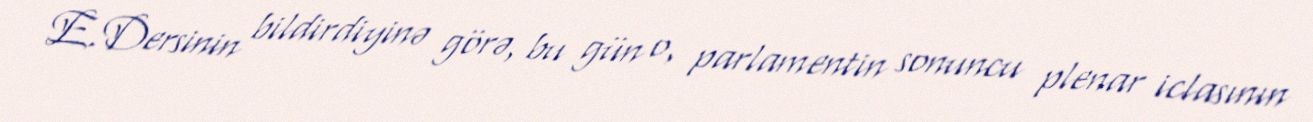
E.Dersinin bildirdiyinə görə, bu gün o, parlamentin sonuncu plenar iclasının